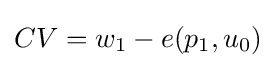
CV=w_{1}-e(p_{1},u_{0})